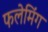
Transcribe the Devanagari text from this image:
फलेमिंग